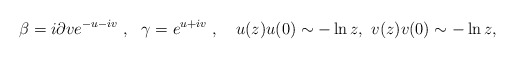
\begin{align*}\beta = i \partial v e^{-u -iv}~,~~ \gamma = e^{u+iv}~, ~~~ u(z)u(0)\sim -\ln z, ~v(z)v(0)\sim -\ln z,\end{align*}